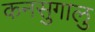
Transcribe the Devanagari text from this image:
कनसुगालु